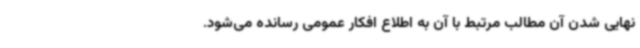
نهایی شدن آن مطالب مرتبط با آن به اطلاع افکار عمومی رسانده می‌شود.